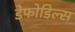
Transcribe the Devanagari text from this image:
डेफोडिल्स